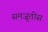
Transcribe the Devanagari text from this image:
समजूतीस